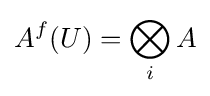
A^{f}(U)=\bigotimes _{i}A